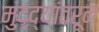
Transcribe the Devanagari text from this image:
मुद्द्यांवरून